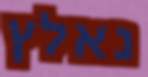
נאלץ